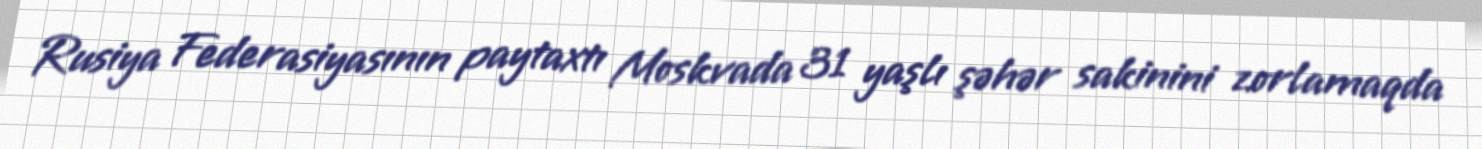
Rusiya Federasiyasının paytaxtı Moskvada 31 yaşlı şəhər sakinini zorlamaqda